Civil Veterinary Dept. North-West Frontier Province 1901-22 - 1901-1922
Year: 1901
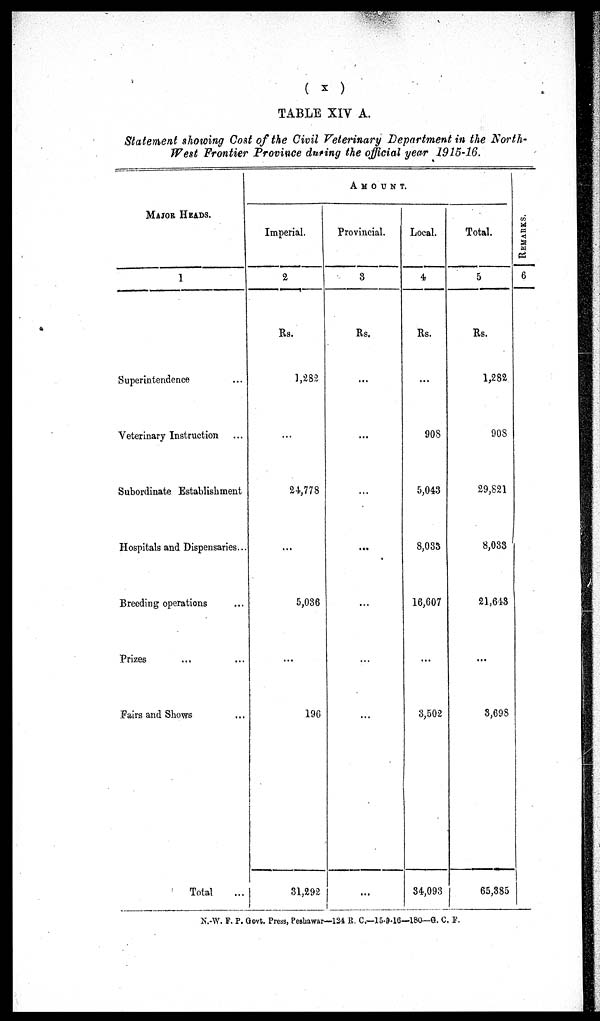
(x)
TABLE XIV A.
Statement showing Cost of the Civil Veterinary Department in the North-
West Frontier Province during the official year 1915-16.
MAJOR HEADS.
1
Superintendence ...
Veterinary Instruction ...
Subordinate Establishment
Hospitals and Dispensaries...
Breeding operations ...
Prizes ... ...
Fairs and Shows ...
Total ...
AMOUNT.
Imperial.
2
Rs.
1,282
...
24,778
...
5,036
...
196
31,292
Provincial.
3
Rs.
...
...
...
...
...
...
...
...
Local.
4
Rs.
...
908
5,043
8,033
16,607
...
3,502
34,093
Total.
5
Rs.
1,282
908
29,821
8,033
21,643
...
3,698
65,385
REMARKS.
6
N.-W. F. P. Govt. Press, Peshawar—124 R. C.—15-9-16—180—G. C. F.